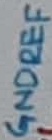
Text: GNDREF